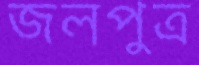
জলপুত্র